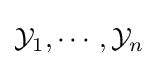
{\mathcal {Y}}_{1},\cdots ,{\mathcal {Y}}_{n}